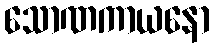
သောဏကာယနော